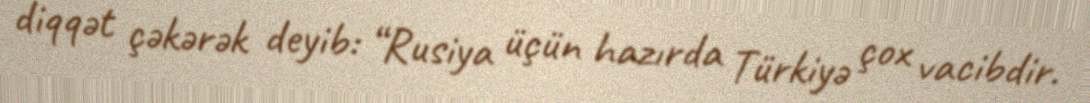
diqqət çəkərək deyib: “Rusiya üçün hazırda Türkiyə çox vacibdir.